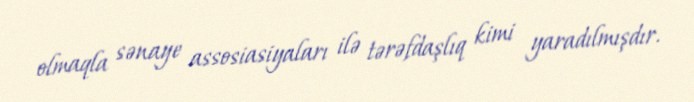
olmaqla sənaye assosiasiyaları ilə tərəfdaşlıq kimi yaradılmışdır.